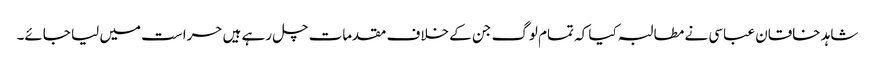
شاہد خاقان عباسی نے مطالبہ کیا کہ تمام لوگ جن کے خلاف مقدمات چل رہے ہیں حراست میں لیا جائے۔